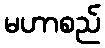
မဟာစည်